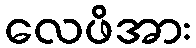
လေဖိအား